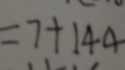
= 7 + 1 4 4